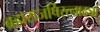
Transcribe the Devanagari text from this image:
ब्रह्मराजर्षिरत्नाढ्यां